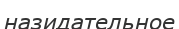
назидательное